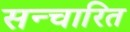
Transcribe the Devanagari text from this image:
सन्चारित